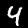
Label: 4